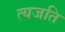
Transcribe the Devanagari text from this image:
त्यजति